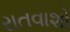
રાતવાશો